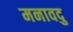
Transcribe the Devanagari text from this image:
मनावदु